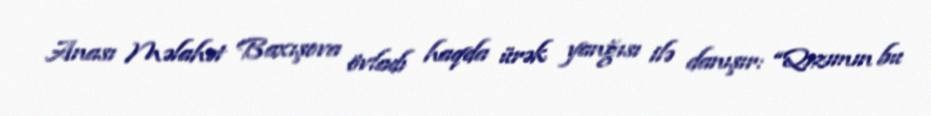
Anası Məlahət Baxışova övladı haqda ürək yanğısı ilə danışır: “Qızımın bu